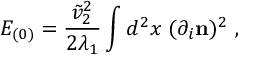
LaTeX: { \cal E } _ { ( 0 ) } = { \frac { { \tilde { v } _ { 2 } } ^ { 2 } } { 2 { \lambda _ { 1 } } } } \int d ^ { 2 } x \; ( \partial _ { i } { \bf n } ) ^ { 2 } \ ,